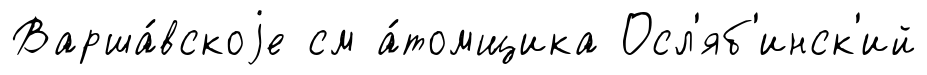
Варша́вскоjе см а́томщика Осл'яб'инск'ий